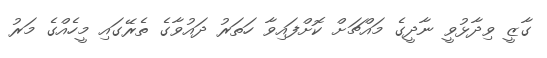
ގާޒީ ވިދާޅުވީ ނާދީގެ މައްޗަށް ކޮށްފައިވާ ހަތަރު ދައުވާގެ ތެރޭގައި މީހެއްގެ މަރު